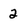
Character: 2